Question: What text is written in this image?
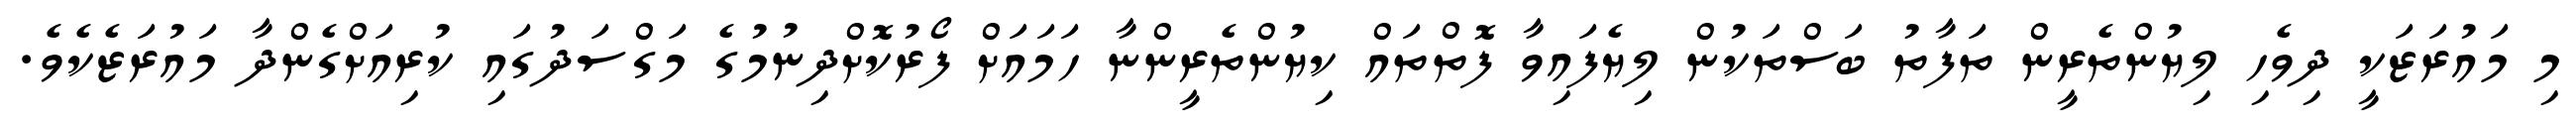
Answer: މި މައުރަޒަކީ ދިވެހި ލިޔުންތެރީން ތަފާތު ބަސްތަކުން ލިޔެފައިވާ ފޮތްތައް ކިޔުންތެރީންނާ ހަމައަށް ފޯރުކޮށްދިނުމުގެ މަގްސަދުގައި ކުރިއަށްގެންދާ މައުރަޒެކެވެ.